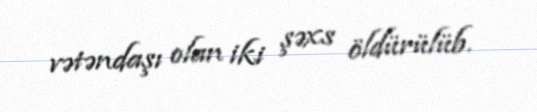
vətəndaşı olan iki şəxs öldürülüb.